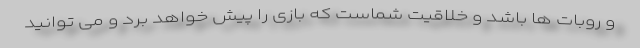
و روبات ها باشد و خلاقیت شماست که بازی را پیش خواهد برد و می توانید